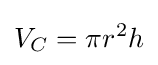
V_{C}=\pi r^{2}h